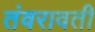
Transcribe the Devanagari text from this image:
तंवरावती